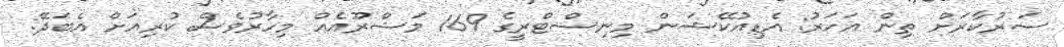
ސަރުކާރަށް ތިން އަހަރު: އެޑިއުކޭޝަން މިނިސްޓްރީގެ 169 މަޝްރޫއެއް މިހާރުވެސް ކުރިއަށް އެބަދޭ: